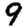
Digit: 9